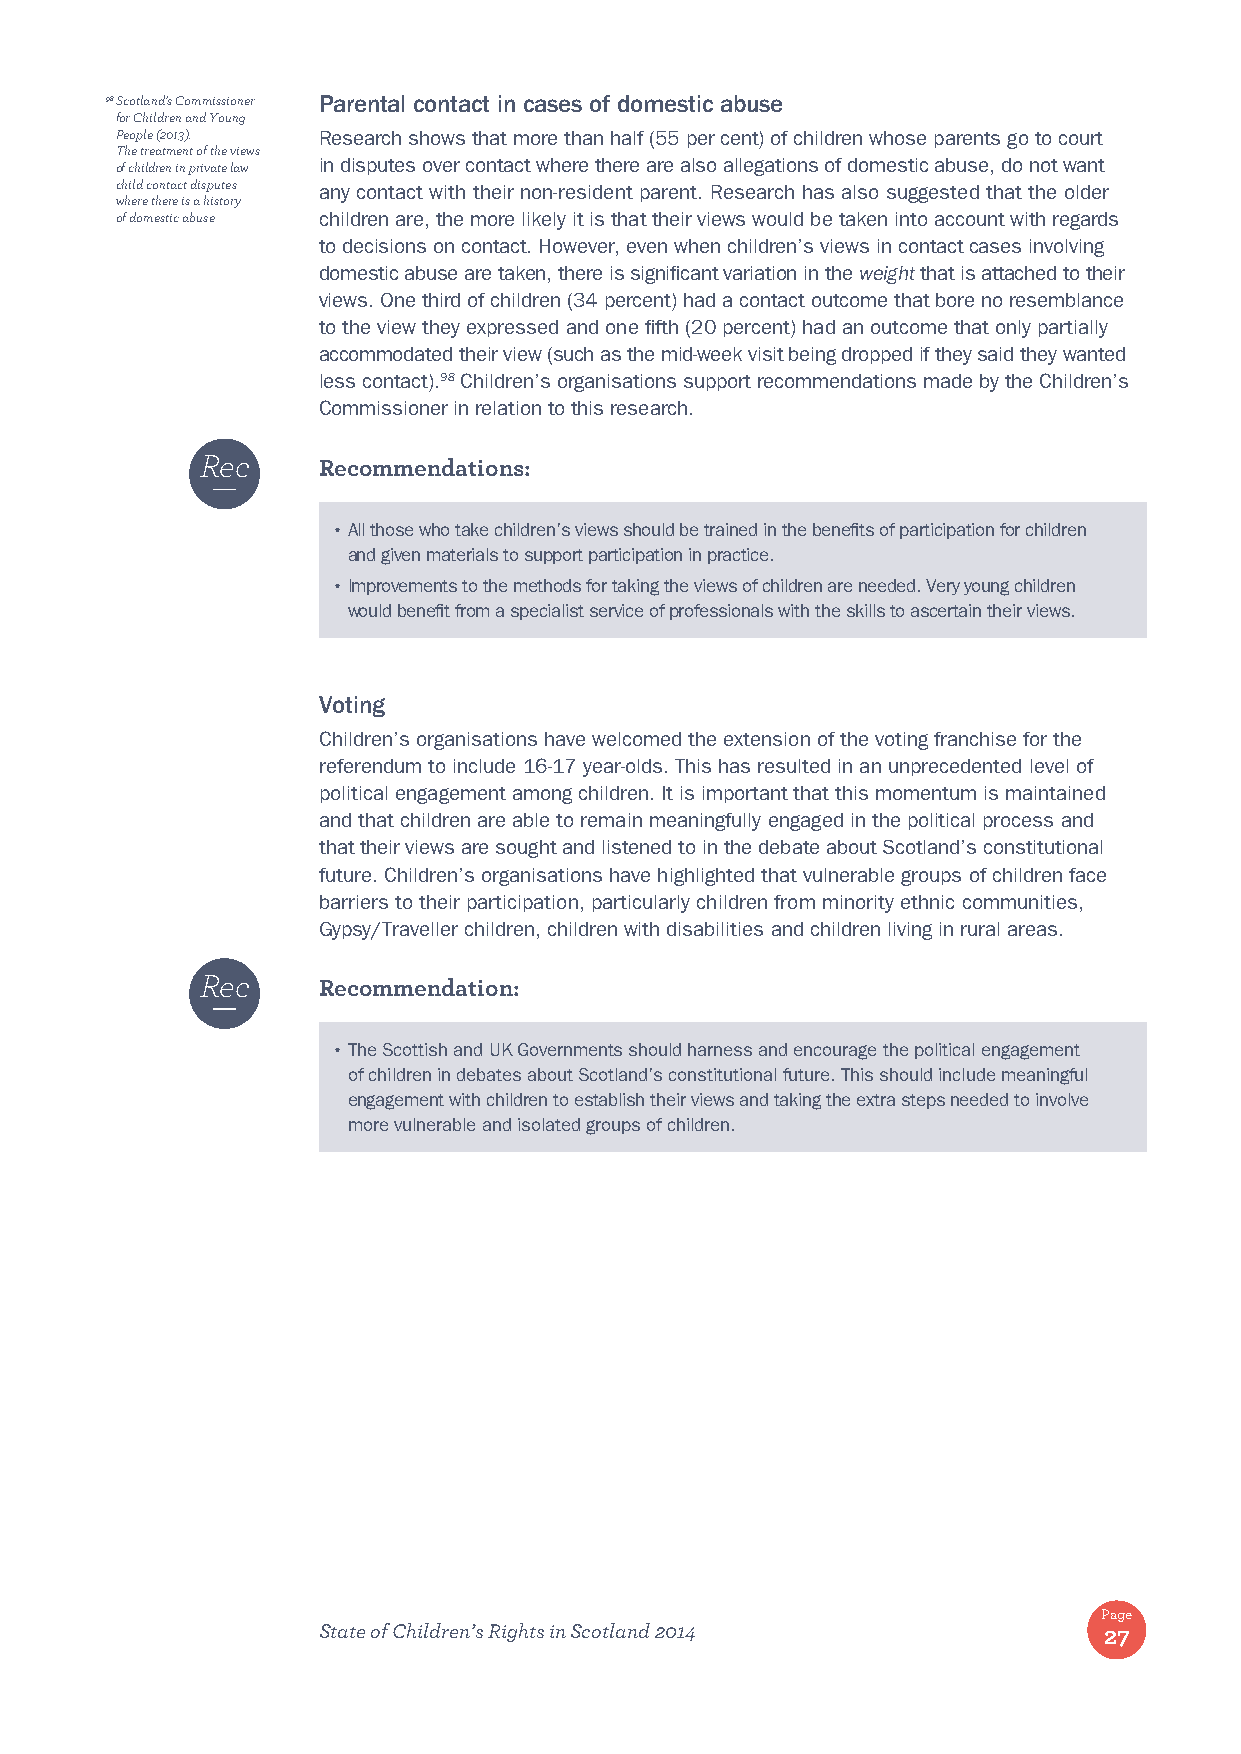
98 S cotland’s Commissioner Parental contact in cases of domestic abuse
 for Children and Young
 People (2013). Research shows that more than half (55 per cent) of children whose parents go to court
 The treatment of the views
 of children in private law in disputes over contact where there are also allegations of domestic abuse, do not want
 child contact disputes any contact with their non-resident parent. Research has also suggested that the older
 where there is a history
 of domestic abuse children are, the more likely it is that their views would be taken into account with regards
 to decisions on contact. However, even when children’s views in contact cases involving
 domestic abuse are taken, there is significant variation in the weight that is attached to their
 views. One third of children (34 percent) had a contact outcome that bore no resemblance
 to the view they expressed and one fifth (20 percent) had an outcome that only partially
 accommodated their view (such as the mid-week visit being dropped if they said they wanted
 less contact).98 Children’s organisations support recommendations made by the Children’s
 Commissioner in relation to this research.
 Rec
 Recommendations:
 • All those who take children’s views should be trained in the benefits of participation for children
 and given materials to support participation in practice.
 • Improvements to the methods for taking the views of children are needed. Very young children
 would benefit from a specialist service of professionals with the skills to ascertain their views.
 Voting
 Children’s organisations have welcomed the extension of the voting franchise for the
 referendum to include 16-17 year-olds. This has resulted in an unprecedented level of
 political engagement among children. It is important that this momentum is maintained
 and that children are able to remain meaningfully engaged in the political process and
 that their views are sought and listened to in the debate about Scotland’s constitutional
 future. Children’s organisations have highlighted that vulnerable groups of children face
 barriers to their participation, particularly children from minority ethnic communities,
 Gypsy/Traveller children, children with disabilities and children living in rural areas.
 Rec
 Recommendation:
 • T he Scottish and UK Governments should harness and encourage the political engagement
 of children in debates about Scotland’s constitutional future. This should include meaningful
 engagement with children to establish their views and taking the extra steps needed to involve
 more vulnerable and isolated groups of children.
 Page
 State of Children’s Rights in Scotland 2014         27